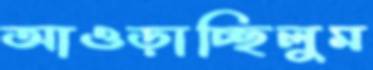
আওড়াচ্ছিলুম